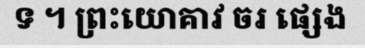
ទ ។ ព្រះយោគាវ ចរ ផ្សេង